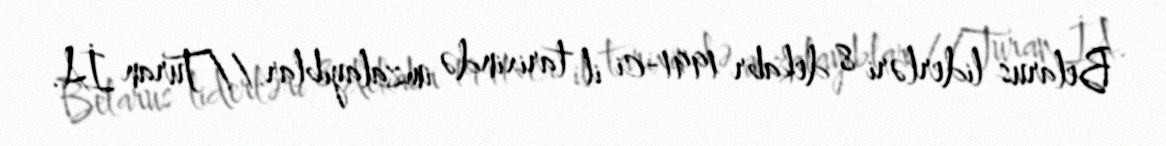
Belarus liderləri 8 dekabr 1991-ci il tarixində imzalayıblar.//Turan İA.